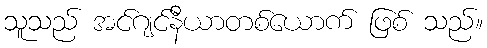
သူသည် အင်ဂျင်နီယာတစ်ယောက် ဖြစ် သည်။